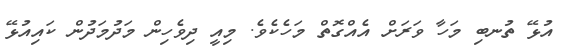
އުޅޭ ތުނބި މަހާ ވަރަށް އެއްގޮތް މަހެކެވެ. މިއީ ދިވެހިން މަދުމަދުން ކައިއުޅޭ